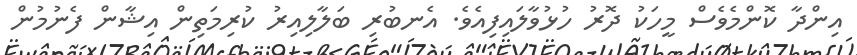
އިންދާ ކޮންމެވެސް މީހަކު ދޮރު ހުޅުވާލައިފިއެވެ. އެނބުރި ބަލާލިއިރު ކުރިމަތިން އިޝާން ފެނުމުން